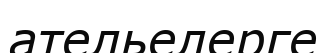
ательелерге